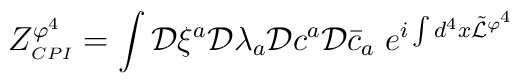
\displaystyle Z^{\varphi^4}_{\scriptscriptstyle CPI}=\int {\cal{D}}\xi^a{\cal{D}}\lambda_a{\cal{D}}c^a{\cal{D}}\bar{c}_a \;e^{i\int d^4x\tilde{\cal{L}}^{\varphi^4}}